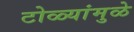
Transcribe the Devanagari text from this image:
टोळ्यांमुळे